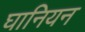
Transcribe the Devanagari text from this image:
घानियन